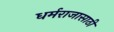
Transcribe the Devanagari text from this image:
धर्मराजासाठी